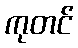
ကုတင်